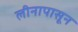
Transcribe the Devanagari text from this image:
लीनापासून